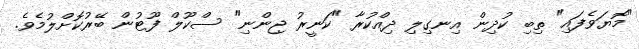
"މޮޔަވެފައި" ތިބި ކުދިން އިނގިލި ދިއްކުރާ "ކަނީރު ޖިންނި" ސްކޫލް ފޫޓުން ބޭރުކޮށްލުމެވެ.